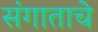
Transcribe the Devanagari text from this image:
संगाताचे